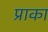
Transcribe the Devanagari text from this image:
प्राका